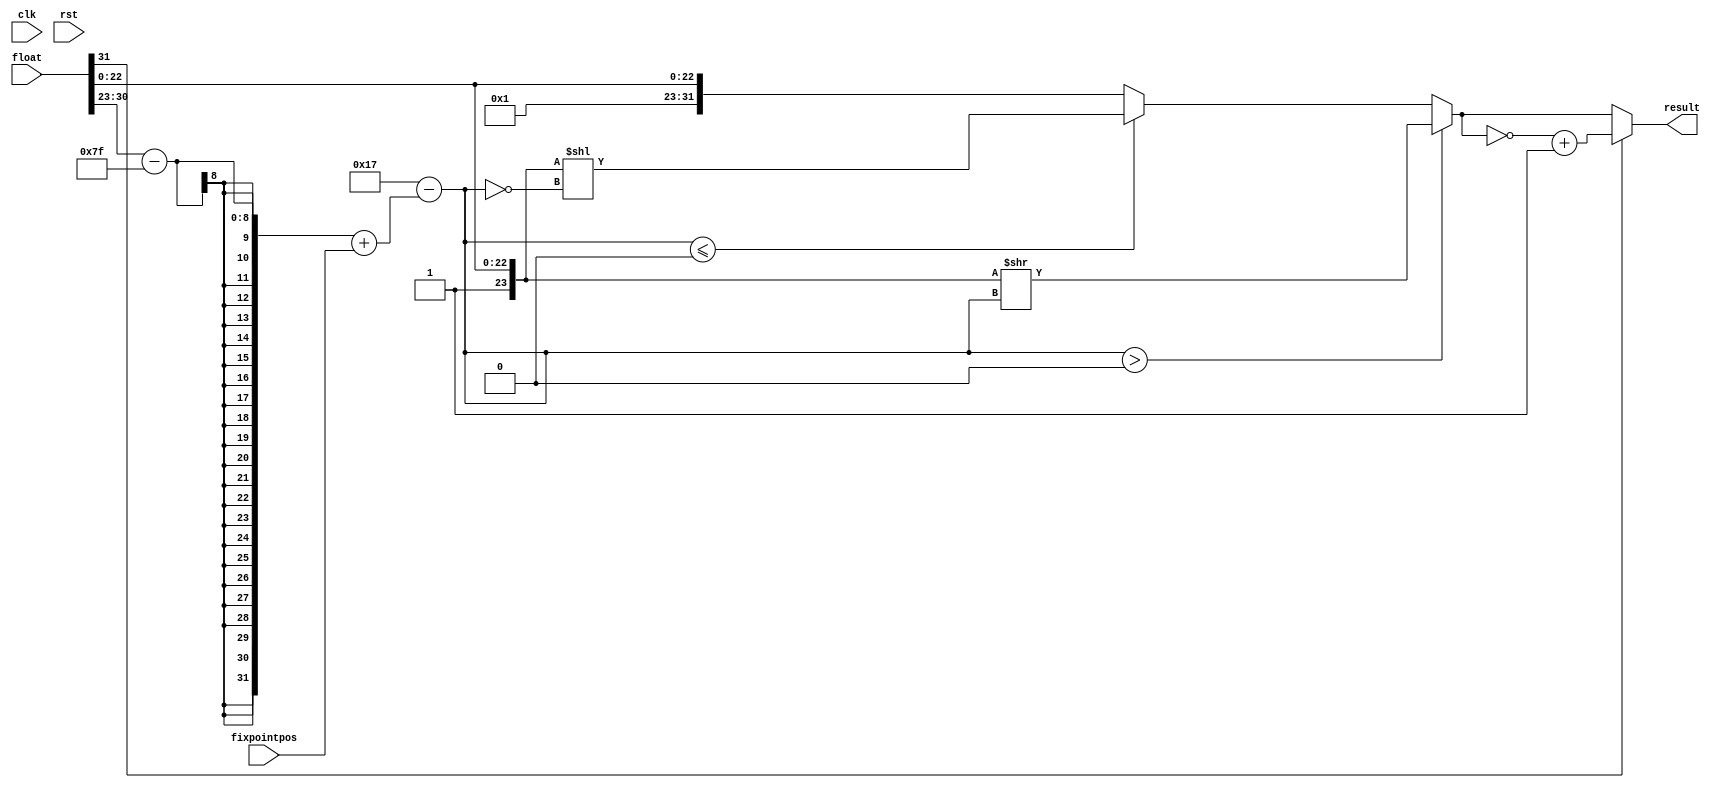
//=========================================================================
// Name & Email must be EXACTLY as in Gradescope roster!
// Name: Michelle Dozal
// 
// Assignment name: Lab #2
// Lab section: 
// TA: 
// 
// I hereby certify that I have not received assistance on this assignment,
// or used code, from ANY outside source other than the instruction team
// (apart from what was provided in the starter file).
//
//=========================================================================

`timescale 1ns / 1ps

module floatToFixed(
  input wire clk, 
  input wire rst , 
  input wire[31:0] float, 
  input wire[4:0] fixpointpos , 
  output reg[31:0] result );

// Your  Implementation 

// -------------------------------------------	
// Register the results 
// -------------------------------------------
        integer exponent;
        integer shift; //using to store shift
        reg[31:0] r; //using to store result
        reg sign;

always @(*) begin
	// Replace the following code with your implmentation
	//result[23] = 1'b1;
 //compute exponent = float[30:23] - 127;
 //right shift float[22:0] by 23 - (exponent + fixpointpos);
 //if input float is neg -- last step
 //change result into it's 2-complement
        sign = float[31];
        //result[23] = 1'b1;
        exponent  = float[30:23] - 127;
        shift =  23 - (exponent + fixpointpos);
        r = {1'b1, float[22:0]};

        if(shift > 0) begin
        r = r >>  shift;
        end

        else if (shift <= 0) begin
        r = r << ~shift;
        end

        if(sign == 1'b1) begin //if neg
        r = ~r + 1'b1;
        end


        result =  r;
 
    
end 
endmodule